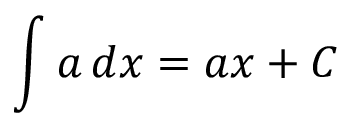
\int a \, d x = a x + C